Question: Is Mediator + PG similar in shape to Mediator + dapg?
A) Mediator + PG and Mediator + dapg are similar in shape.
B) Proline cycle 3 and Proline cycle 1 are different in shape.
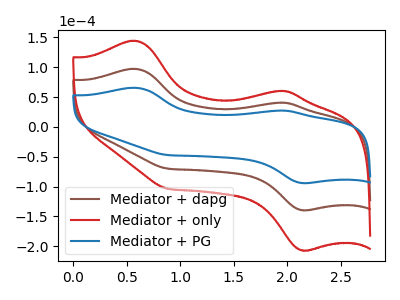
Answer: <think>The brown curve "Mediator + dapg" has anodic peaks at (0.60V, 97.40uA) (1.95V, 40.75uA) and cathodic peaks at (2.15V, -139.45uA) (0.90V, -69.90uA). The red curve "Mediator + only" has anodic peaks at (0.60V, 194.75uA) (1.95V, 81.55uA) and cathodic peaks at (2.15V, -278.90uA) (0.90V, -139.75uA). The blue curve "Mediator + PG" has anodic peaks at (0.60V, 65.65uA) (1.95V, 27.50uA) and cathodic peaks at (2.15V, -94.00uA) (0.90V, -47.10uA).
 All the peaks in "Mediator + PG" have a peak in "Mediator + dapg" at the same potential. Every peak in "Mediator + PG" is lower than every peak in "Mediator + dapg".</think>
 <answer>A) "Mediator + PG" and "Mediator + dapg" are similar in shape.</answer>
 <eval>A</eval>